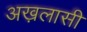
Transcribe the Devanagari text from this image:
अख़लासी